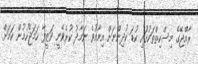
ރާއްޖޭގެ މިސްކިތްތަކުގުައި ކުޑަ ކުދިންނަށް އިމާމުވެ ނަމާދު ކުރެވޭނީ ވަޒީފާ ހަމަޖެހުމުން ކަމަށް